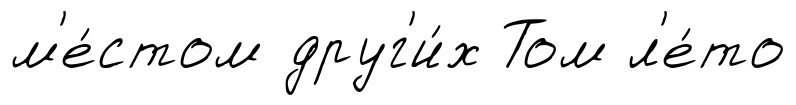
м'е́стом друг'и́х Том л'е́то